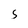
Character: s